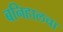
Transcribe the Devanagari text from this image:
बनिहालचा